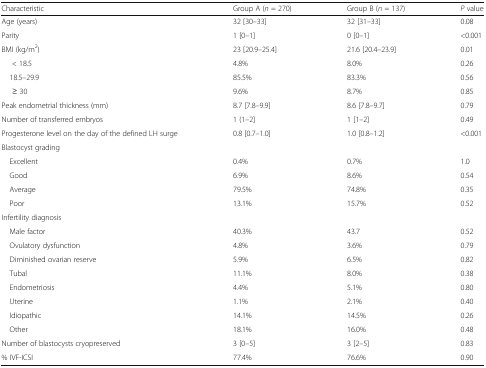
<table><thead><tr><td><b>Characteristic</b></td><td><b>Group A (<i>n</i> = 270)</b></td><td><b>Group B (<i>n</i> = 137)</b></td><td><b><i>P</i> value</b></td></tr></thead><tbody><tr><td>Age (years)</td><td>32 [30–33]</td><td>32 [31–33]</td><td>0.08</td></tr><tr><td>Parity</td><td>1 [0–1]</td><td>0 [0–1]</td><td>&lt;0.001</td></tr><tr><td>BMI (kg/m<sup>2</sup>)</td><td>23 [20.9–25.4]</td><td>21.6 [20.4–23.9]</td><td>0.01</td></tr><tr><td>&lt; 18.5</td><td>4.8%</td><td>8.0%</td><td>0.26</td></tr><tr><td> 18.5–29.9</td><td>85.5%</td><td>83.3%</td><td>0.56</td></tr><tr><td>≥ 30</td><td>9.6%</td><td>8.7%</td><td>0.85</td></tr><tr><td>Peak endometrial thickness (mm)</td><td>8.7 [7.8–9.9]</td><td>8.6 [7.8–9.7]</td><td>0.79</td></tr><tr><td>Number of transferred embryos</td><td>1 (1–2]</td><td>1 [1–2]</td><td>0.49</td></tr><tr><td>Progesterone level on the day of the defined LH surge</td><td>0.8 [0.7–1.0]</td><td>1.0 [0.8–1.2]</td><td>&lt;0.001</td></tr><tr><td>Blastocyst grading</td><td></td><td></td><td></td></tr><tr><td> Excellent</td><td>0.4%</td><td>0.7%</td><td>1.0</td></tr><tr><td> Good</td><td>6.9%</td><td>8.6%</td><td>0.54</td></tr><tr><td> Average</td><td>79.5%</td><td>74.8%</td><td>0.35</td></tr><tr><td> Poor</td><td>13.1%</td><td>15.7%</td><td>0.52</td></tr><tr><td>Infertility diagnosis</td><td></td><td></td><td></td></tr><tr><td> Male factor</td><td>40.3%</td><td>43.7</td><td>0.52</td></tr><tr><td> Ovulatory dysfunction</td><td>4.8%</td><td>3.6%</td><td>0.79</td></tr><tr><td> Diminished ovarian reserve</td><td>5.9%</td><td>6.5%</td><td>0.82</td></tr><tr><td> Tubal</td><td>11.1%</td><td>8.0%</td><td>0.38</td></tr><tr><td> Endometriosis</td><td>4.4%</td><td>5.1%</td><td>0.80</td></tr><tr><td> Uterine</td><td>1.1%</td><td>2.1%</td><td>0.40</td></tr><tr><td> Idiopathic</td><td>14.1%</td><td>14.5%</td><td>0.26</td></tr><tr><td> Other</td><td>18.1%</td><td>16.0%</td><td>0.48</td></tr><tr><td>Number of blastocysts cryopreserved</td><td>3 [0–5]</td><td>3 [2–5]</td><td>0.83</td></tr><tr><td>% IVF-ICSI</td><td>77.4%</td><td>76.6%</td><td>0.90</td></tr></tbody></table>